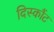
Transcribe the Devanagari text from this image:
दिस्कौंट